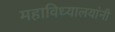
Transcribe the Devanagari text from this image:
महाविध्यालयांनी